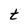
Character: t